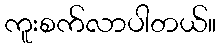
ကူးစက်လာပါတယ်။